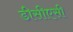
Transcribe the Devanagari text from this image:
डीसीएसी